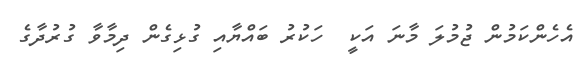
އެހެންކަމުން ޖުމުލަ މާނަ އަކީ  ހަކުރު ބައްޔާއި ގުޅިގެން ދިމާވާ ގުރުދާގެ